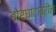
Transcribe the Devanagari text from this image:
बोरघाटावरील